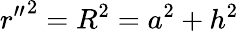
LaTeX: {r^{\prime\prime}}^{2}=R^{2}=a^{2}+h^{2}